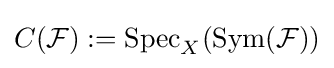
C({\mathcal {F}}):=\operatorname {Spec} _{X}(\operatorname {Sym} ({\mathcal {F}}))